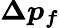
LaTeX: \boldsymbol{\Delta p_{f}}